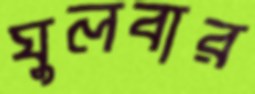
ঘুলবার